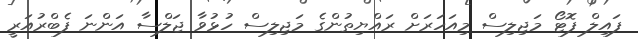
ފައިލް ފޮޓޯ މަޖިލިސް މިއަހަރަށް ރައްޔިތުންގެ މަޖިލިސް ހުޅުވާ ޖަލްސާ އަންނަ ފެބްރުއަރީ